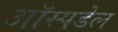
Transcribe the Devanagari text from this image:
ऑस्पडेल